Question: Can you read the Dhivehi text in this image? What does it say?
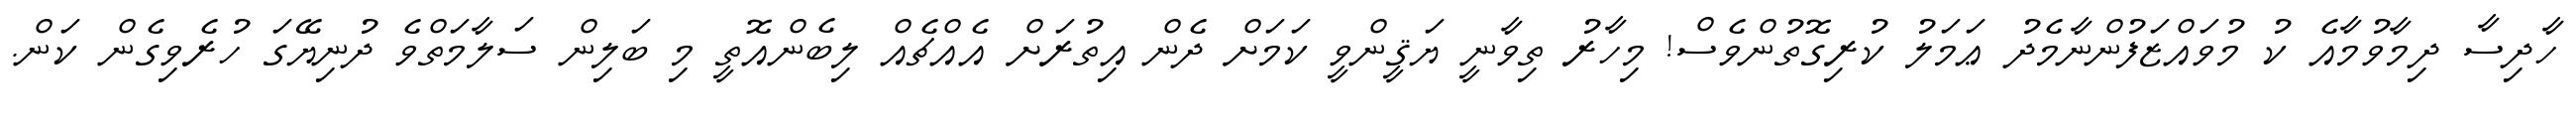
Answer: ހާދިސާ ދިމާވުމާއެ ކު މުވައްޒަފުންނާމެދު ޢަމަލު ކުރިގޮތުންވެސް! މިހާރު ތިވާނީ ޔަޤީންވީ ކަމަށް ދެން އިތުރަށް އެއްޗެއް ލިބެންއޮތީ މި ބަލިން ސަލާމަތްވެ ދުނިޔޭގަ ހުރެވިގެން ކަން.